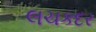
લચકદર